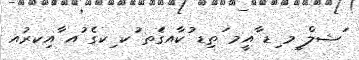
ަޝލް ީމ ިޑ ާއީމ ަތިޑ ުކާއގެަތ ުކ ިކގެ ުއ ާއިކރުއ